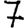
Digit: 7